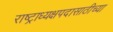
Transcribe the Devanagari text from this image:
राष्ट्राध्यक्षपदासाठीच्या